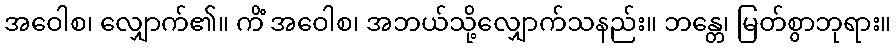
အဝေါစ၊ လျှောက်၏။ ကိံ အဝေါစ၊ အဘယ်သို့လျှောက်သနည်း။ ဘန္တေ၊ မြတ်စွာဘုရား။